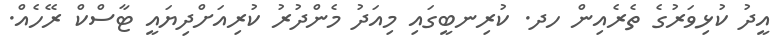
އީދު ކުޅިވަރުގެ ތެރެއިން ހދ. ކުރިނބީގައި މިއަދު މެންދުރު ކުރިއަށްދިޔައީ ޓާސްކް ރޭހެއް.